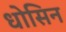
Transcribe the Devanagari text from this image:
धोसिन